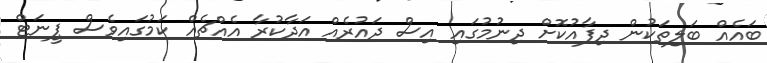
ބައެއް ބަލިތަކުުން ދިފާއުކޮށް ދިނުމުގައި އިސް ދައުރެއް އަދާކުރާ އެއްޗެއް ކަމުގައިވެސް ޕީނަޓް